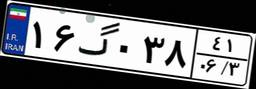
۱۶گ۰۳۸۴۱